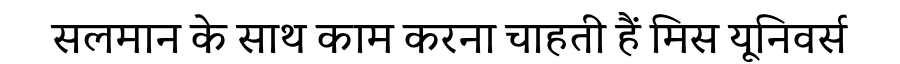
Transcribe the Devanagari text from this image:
सलमान के साथ काम करना चाहती हैं मिस यूनिवर्स